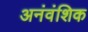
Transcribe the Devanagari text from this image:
अनंवंशिक